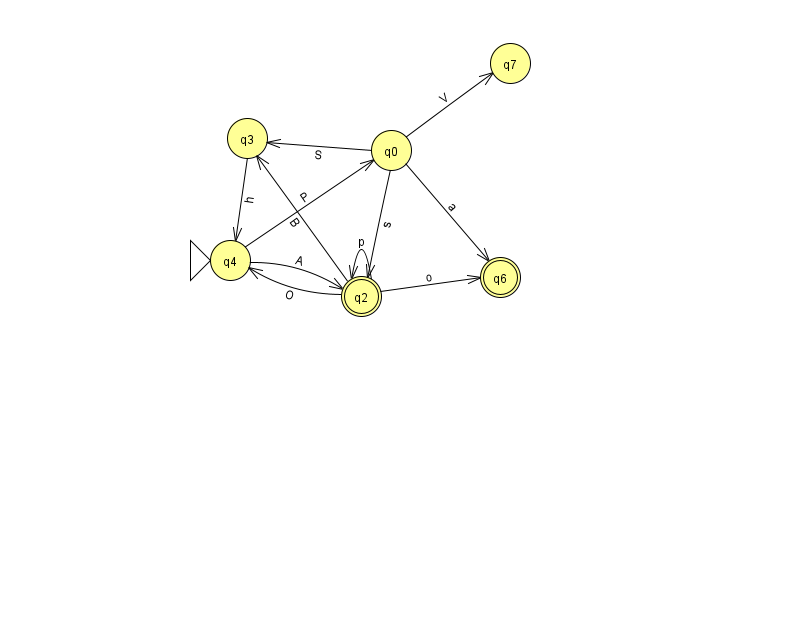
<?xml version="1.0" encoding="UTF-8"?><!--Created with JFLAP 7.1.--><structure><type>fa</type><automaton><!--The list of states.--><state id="0" name="q0"><x>391.0</x><y>137.0</y></state><state id="2" name="q2"><x>361.0</x><y>283.0</y><final/></state><state id="3" name="q3"><x>247.0</x><y>125.0</y></state><state id="4" name="q4"><x>230.0</x><y>247.0</y><initial/></state><state id="6" name="q6"><x>500.0</x><y>264.0</y><final/></state><state id="7" name="q7"><x>510.0</x><y>50.0</y></state><!--The list of transitions.--><transition><from>2</from><to>2</to><read>p</read></transition><transition><from>3</from><to>4</to><read>h</read></transition><transition><from>4</from><to>2</to><read>A</read></transition><transition><from>0</from><to>3</to><read>S</read></transition><transition><from>0</from><to>7</to><read>V</read></transition><transition><from>2</from><to>3</to><read>B</read></transition><transition><from>2</from><to>4</to><read>O</read></transition><transition><from>0</from><to>2</to><read>s</read></transition><transition><from>0</from><to>6</to><read>a</read></transition><transition><from>2</from><to>6</to><read>o</read></transition><transition><from>4</from><to>0</to><read>P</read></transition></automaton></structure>